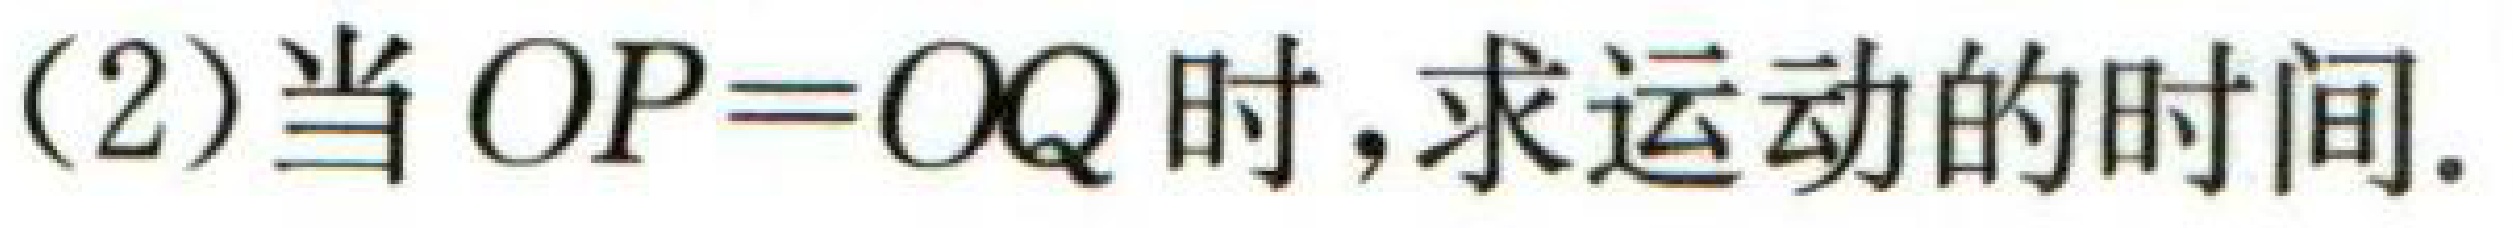
(2) 当 \(OP = OQ\) 时，求运动的时间.